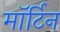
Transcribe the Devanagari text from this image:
मॉर्टिन